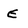
Character: E